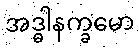
အဒ္ဓါနက္ခမော